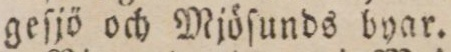
geſjö och Mjöſunds byar.